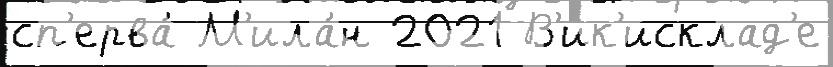
сп'ерва́ М'ила́н 2021 В'ик'исклад'е